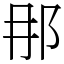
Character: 𨙻